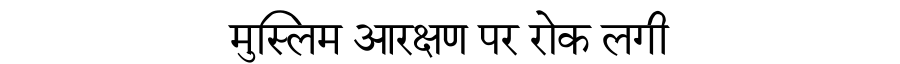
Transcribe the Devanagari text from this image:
मुस्लिम आरक्षण पर रोक लगी